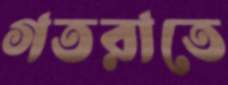
গতরাতে